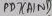
Text: PB7